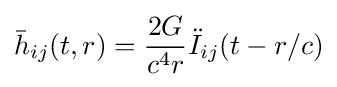
{\bar {h}}_{ij}(t,r)={\frac {2G}{c^{4}r}}{\ddot {I}}_{ij}(t-r/c)